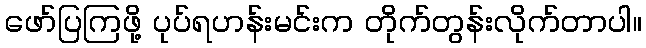
ဖော်ပြကြဖို့ ပုပ်ရဟန်းမင်းက တိုက်တွန်းလိုက်တာပါ။